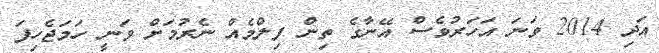
އަދި 2014 ވަނަ އަހަރުވެސް އޭނާގެ ތިން ފިލްމެއް ނެރުމަށް ވަނީ ހަމަޖެހިފަ